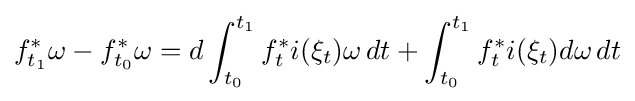
f_{t_{1}}^{*}\omega -f_{t_{0}}^{*}\omega =d\int _{t_{0}}^{t_{1}}f_{t}^{*}i(\xi _{t})\omega \,dt+\int _{t_{0}}^{t_{1}}f_{t}^{*}i(\xi _{t})d\omega \,dt